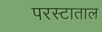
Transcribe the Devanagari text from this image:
परस्टाताल